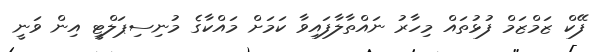
ފޭކް ޒަމްޒަމް ފުޅުތައް މިހާރު ނައްތާލާފައިވާ ކަމަށް މައްކާގެ މުނިސިޕަލްޓީ އިން ވަނީ